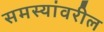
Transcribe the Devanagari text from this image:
समस्यांवरील